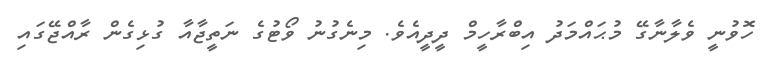
ހޮވުނީ ވެލާނާގޭ މުޙައްމަދު އިބްރާހީމް ދީދީއެވެ. މިނެގުނު ވޯޓުގެ ނަތީޖާއާ ގުޅިގެން ރާއްޖޭގައި